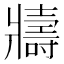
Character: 𭷈